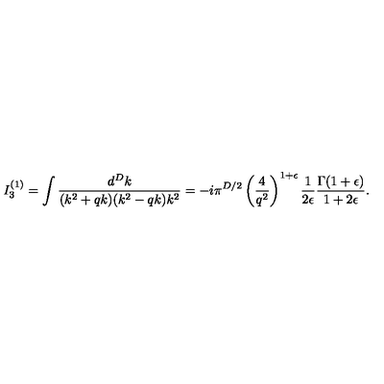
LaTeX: I _ { 3 } ^ { ( 1 ) } = \int \frac { d ^ { D } k } { ( k ^ { 2 } + q k ) ( k ^ { 2 } - q k ) k ^ { 2 } } = - i \pi ^ { D / 2 } \left( \frac { 4 } { q ^ { 2 } } \right) ^ { 1 + \epsilon } \frac { 1 } { 2 \epsilon } \frac { \Gamma ( 1 + \epsilon ) } { 1 + 2 \epsilon } .